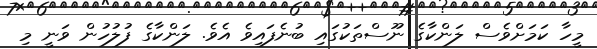
މީހާ ކަމަށްވެސް ލަންކާގެ ނޫސްތަކުގައި ބުނެފައިވެ އެވެ. ލަންކާގެ ފުލުހުން ވަނީ މި